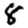
Digit: 8